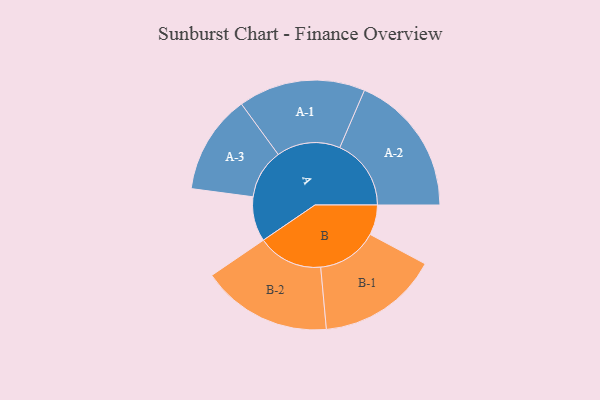
{"axis": {"x": "Segment", "y": "Value"}, "legend": ["", "A", "B"], "data": [{"x": "A", "y": 183, "type": ""}, {"x": "B", "y": 123, "type": ""}, {"x": "A-1", "y": 260, "type": "A"}, {"x": "A-2", "y": 292, "type": "A"}, {"x": "A-3", "y": 203, "type": "A"}, {"x": "B-1", "y": 248, "type": "B"}, {"x": "B-2", "y": 267, "type": "B"}]}